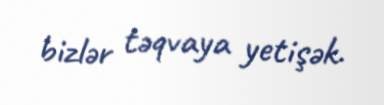
bizlər təqvaya yetişək.